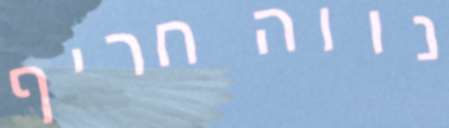
נווה חריף